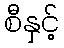
စီနှင့်